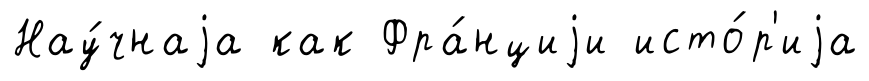
Нау́чнаjа как Фра́нциjи исто́р'иjа